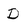
Character: D